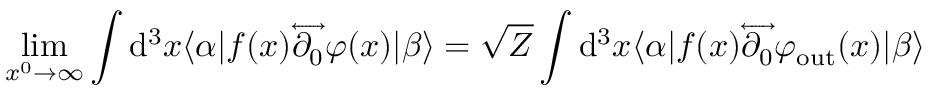
\operatorname* { l i m } _ { x ^ { 0 } \to \infty } \int \mathrm { d } ^ { 3 } x \langle \alpha | f ( x ) { \overleftrightarrow { \partial _ { 0 } } } \varphi ( x ) | \beta \rangle = { \sqrt { Z } } \int \mathrm { d } ^ { 3 } x \langle \alpha | f ( x ) { \overleftrightarrow { \partial _ { 0 } } } \varphi _ { \mathrm { o u t } } ( x ) | \beta \rangle